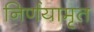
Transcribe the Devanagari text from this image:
निर्णयामृत